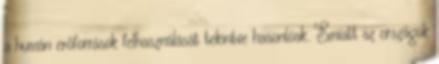
a humán erőforrások felhasználását tekintve hasonlóak. Emiatt az országok